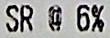
SR @ 6%